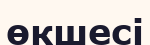
өкшесі